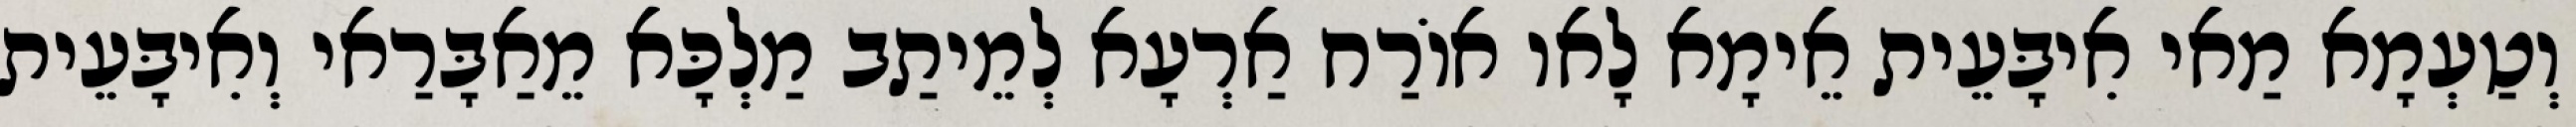
וְטַעְמָא מַאי אִיבָּעֵית אֵימָא לָאו אוֹרַח אַרְעָא לְמֵיתַב מַלְכָּא מֵאַבָּרַאי וְאִיבָּעֵית